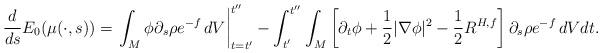
LaTeX: \begin{align*}\frac{d}{ds}E_0(\mu(\cdot,s))=\left.\int_M\phi\partial_s\rho e^{-f}\, dV\right|_{t=t'}^{t''}-\int_{t'}^{t''}\int_M\left[\partial_t\phi+\frac12|\nabla\phi|^2 -\frac12 R^{H,f}\right] \partial_s\rho e^{-f}\, dVdt.\end{align*}